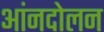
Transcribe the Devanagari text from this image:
आंनदोलन